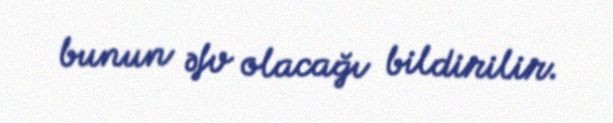
bunun əfv olacağı bildirilir.